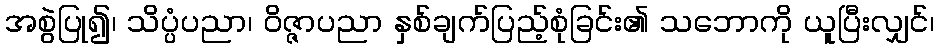
အစွဲပြု၍၊ သိပ္ပံပညာ၊ ဝိဇ္ဇာပညာ နှစ်ချက်ပြည့်စုံခြင်း၏ သဘောကို ယူပြီးလျှင်၊